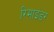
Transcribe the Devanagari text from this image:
रिमाइंडर